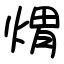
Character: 煟